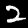
Digit: 2